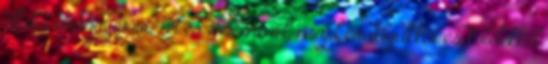
ellátta magát ivóvízzel és élelemmel, majd csáklyákkal és kötelekkel